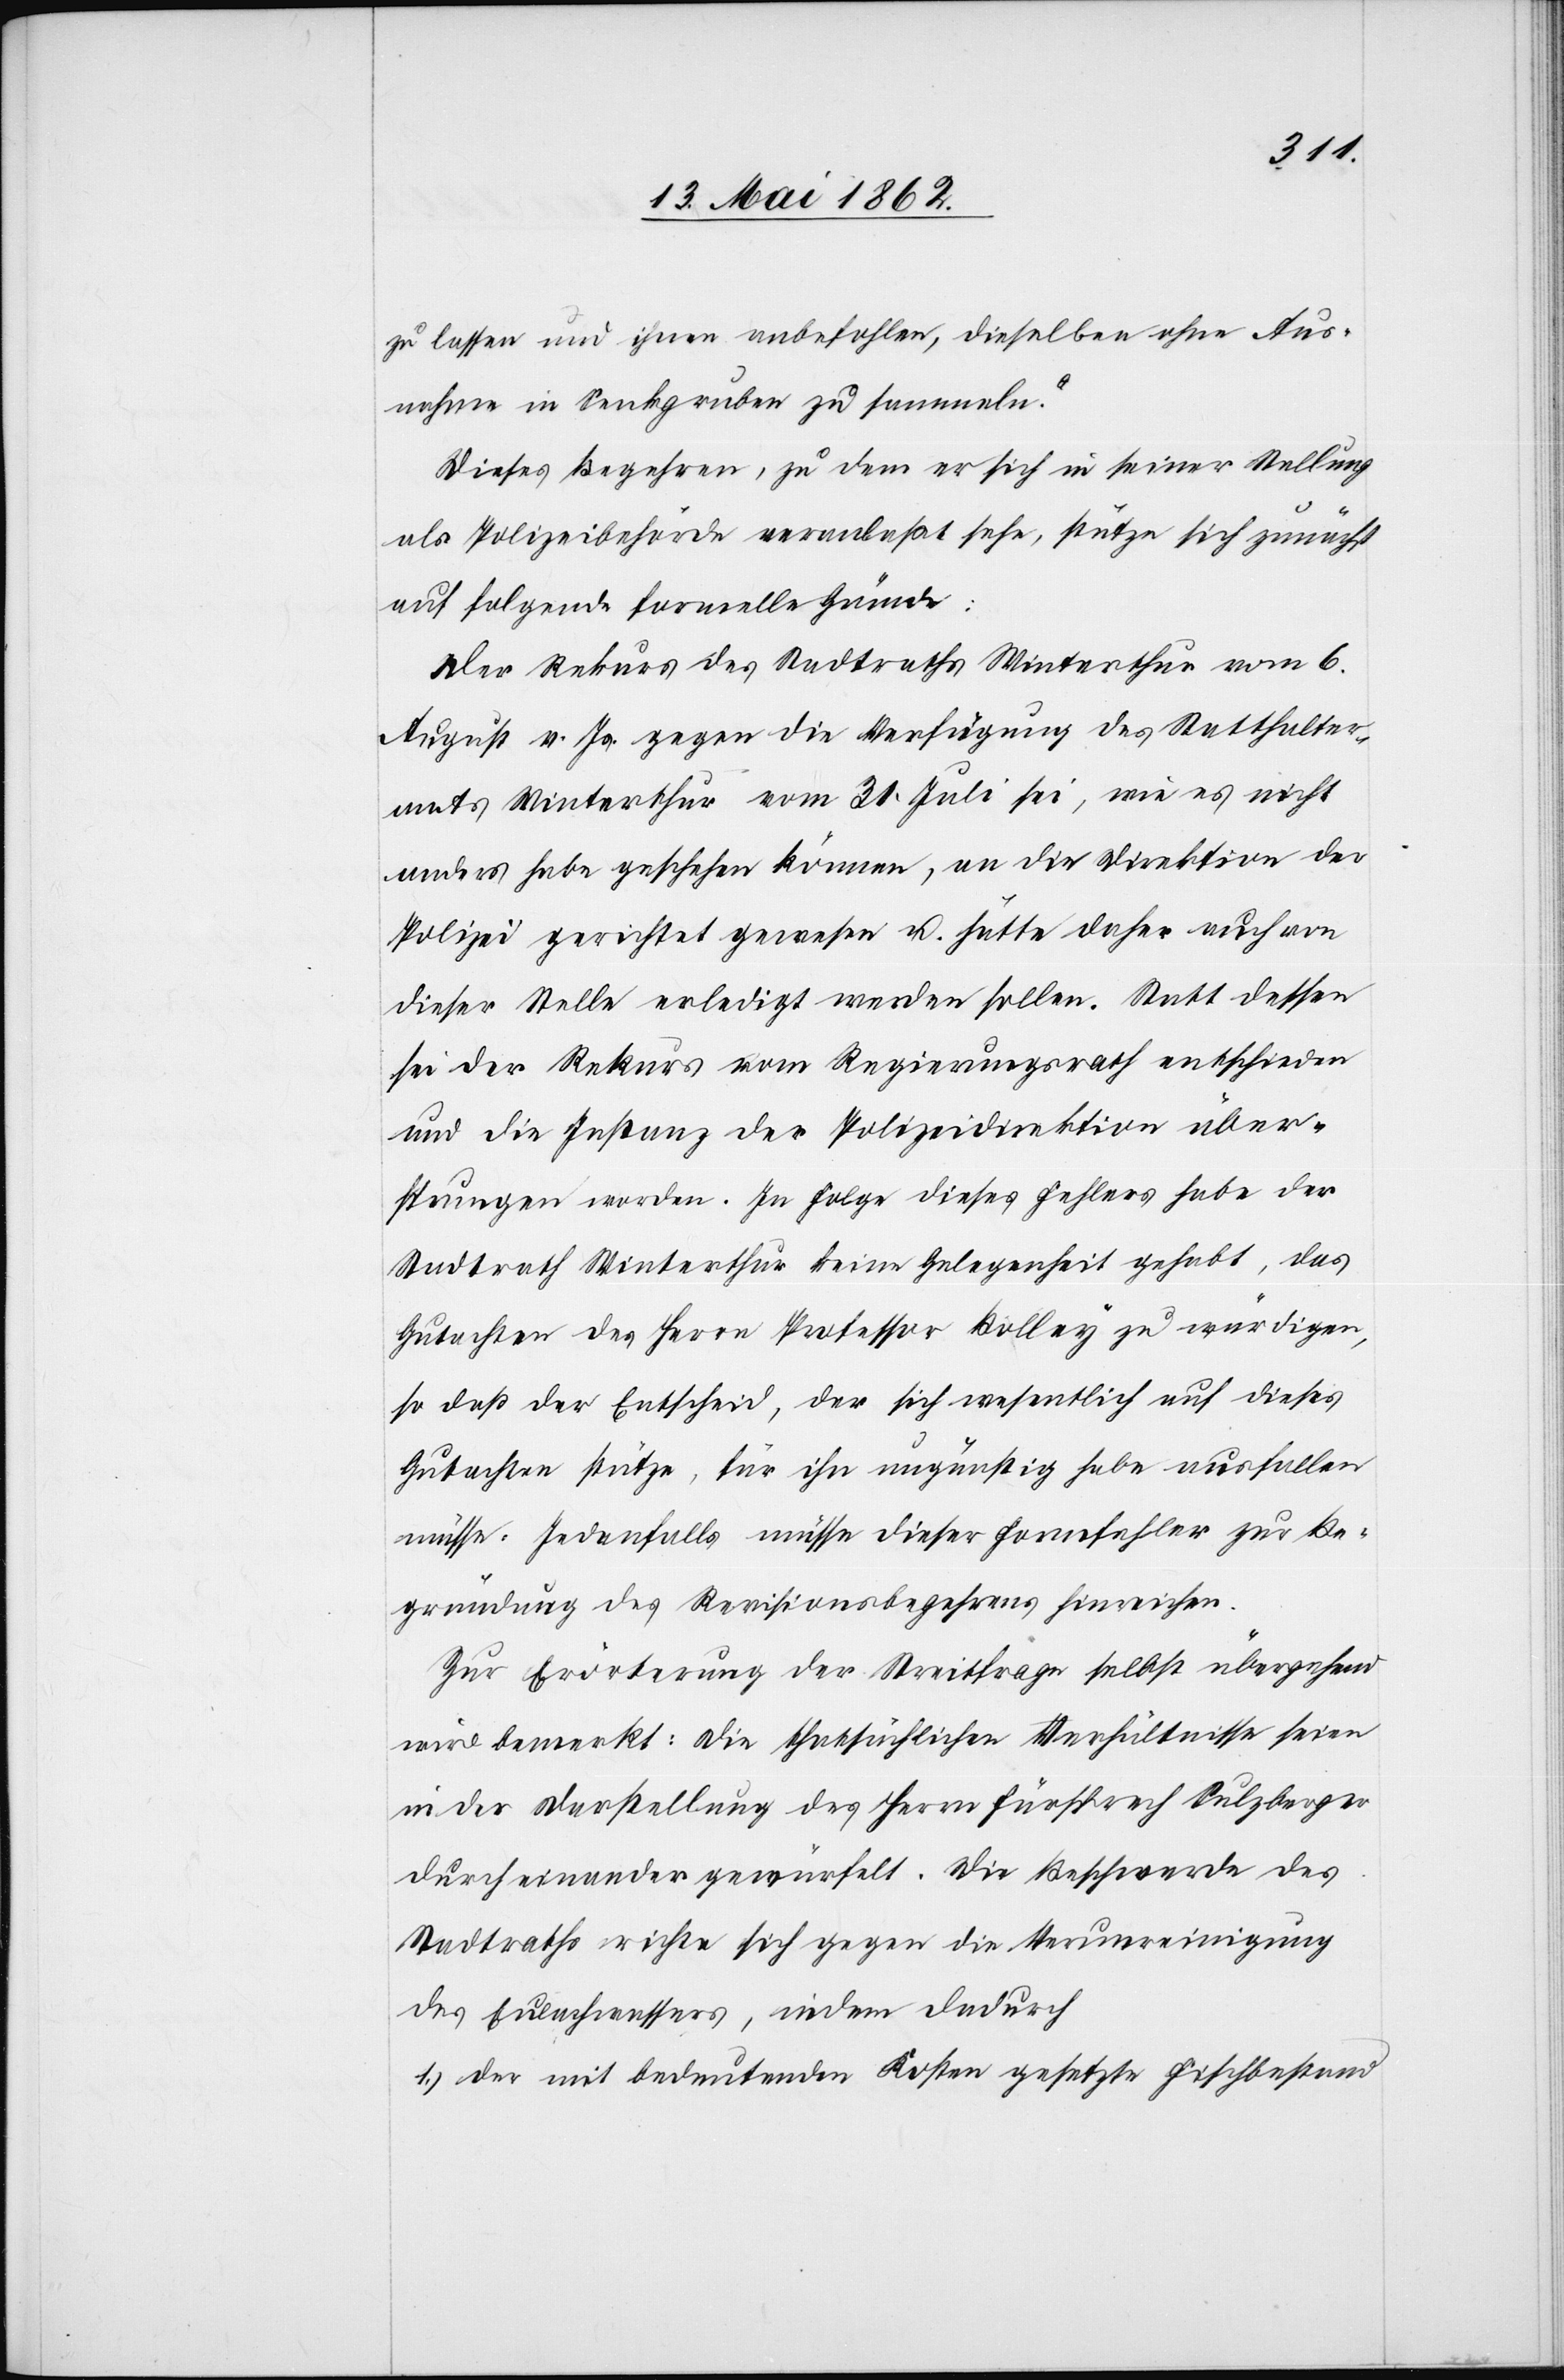
zu lassen und ihnen anbefohlen, dieselben ohne Aus¬
nahme in Senkgruben zu sammeln.“
Dieses Begehren, zu dem er sich in seiner Stellung
als Polizeibehörde veranlaßt sehe, stütze sich zunächst
auf folgende formelle Gründe:
Der Rekurs des Stadtraths Winterthur vom 6.
August v. Js. gegen die Verfügung des Statthalter¬
amts Winterthur vom 31. Juli sei, wie es nicht
anders habe geschehen können, an die Direktion der
Polizei gerichtet gewesen u. hätte daher auch von
dieser Stelle erledigt werden sollen. Statt dessen
sei der Rekurs vom Regierungsrath entschieden
und die Instanz der Polizeidirektion über¬
sprungen worden. In Folge dieses Fehlers habe der
Stadtrath Winterthur keine Gelegenheit gehabt, das
Gutachten des Herrn Professor Bolley zu wärtigen,
so daß der Entscheid, der sich wesentlich auf dieses
Gutachte stütze, für ihn ungünstig habe ausfallen
müssen. Jedenfalls müsse dieser Formfehler zur Be¬
gründung des Revisionsbegehrens hinreichen.
Zur Erörterung der Streitfrage selbst übergehend
wird bemerkt: die thatsächlichen Verhältnisse seien
in der Darstellung des Herrn Fürsprech Sulzberger
durch einander gewürfelt. Die Beschwerde des
Stadtraths richte sich gegen die Verunreinigung
des Eulachwassers, indem dadurch
1) der mit bedeutenden Kosten gesetzte Fischbestand